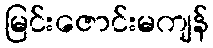
မြင်းဇောင်းမကျန်